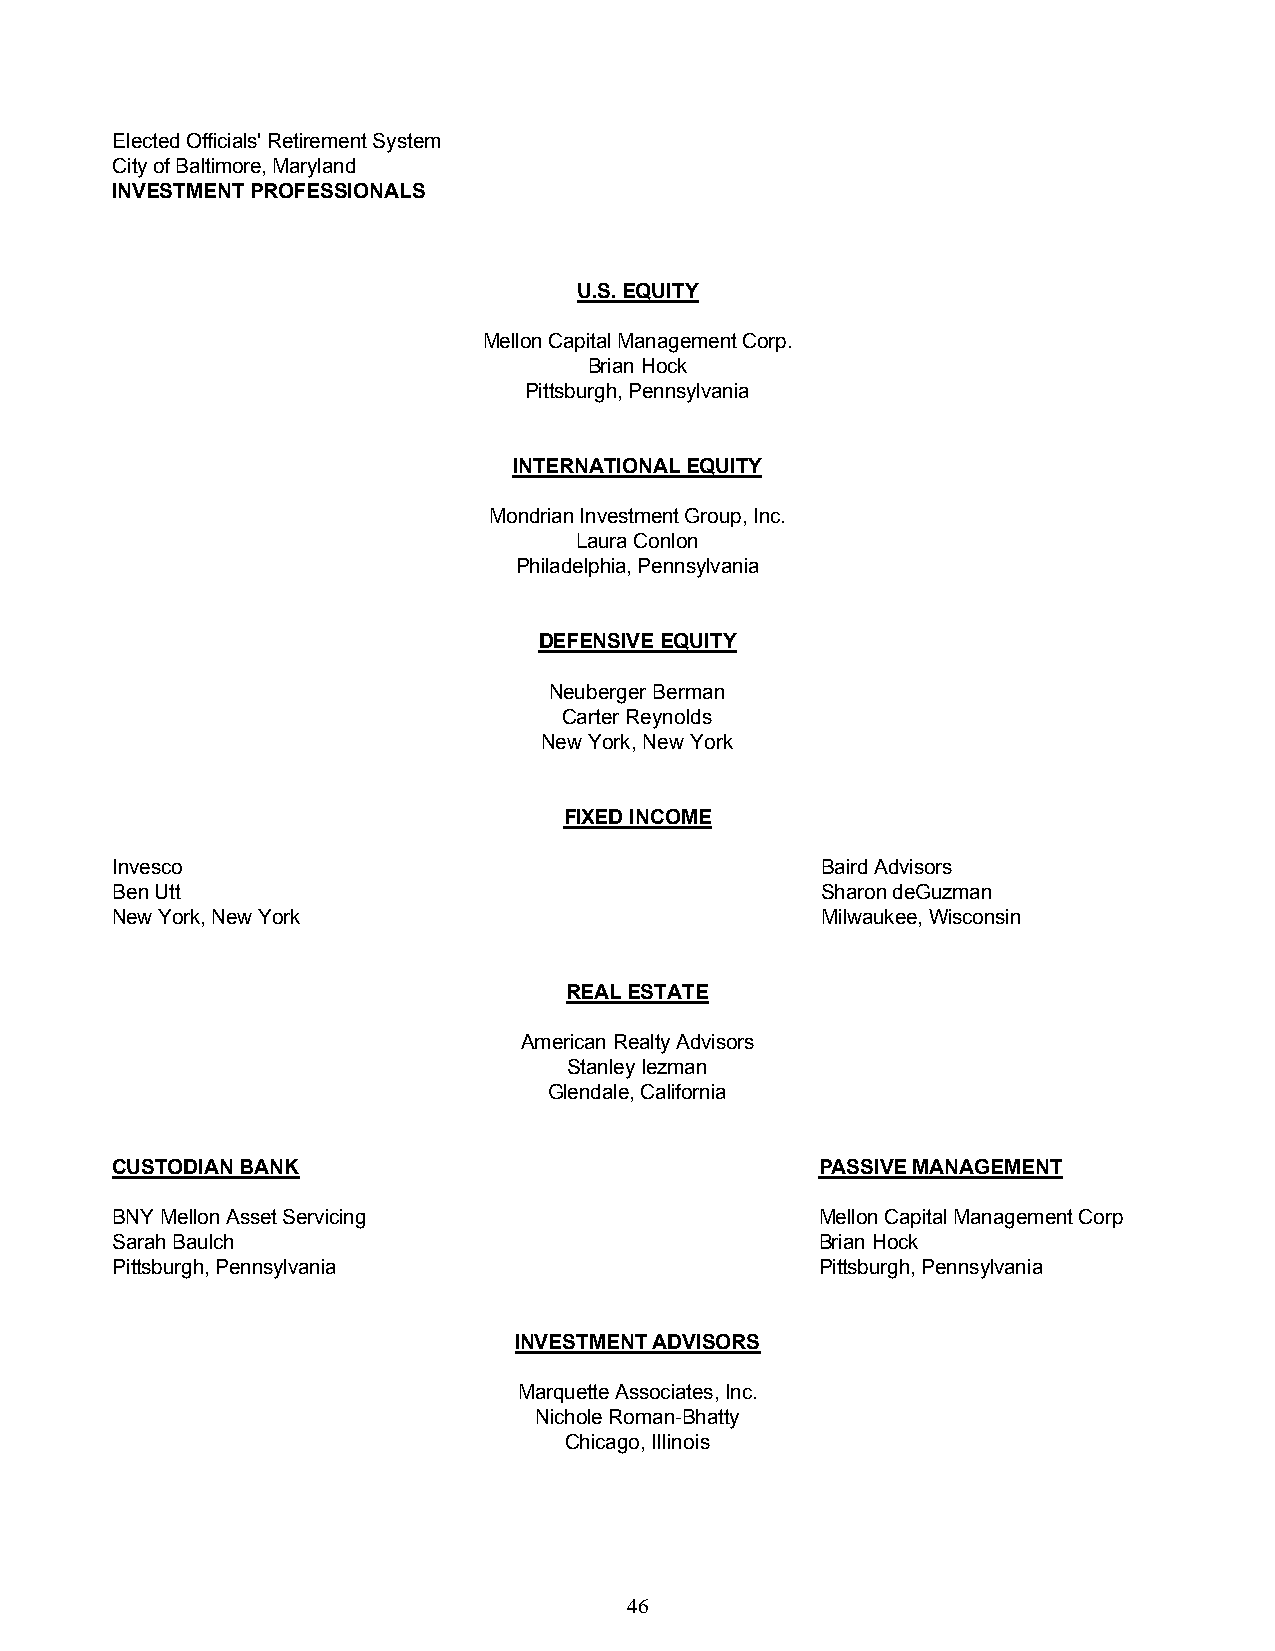
Elected Officials' Retirement System
 City of Baltimore, Maryland
 INVESTMENT PROFESSIONALS
 U.S. EQUITY
 Mellon Capital Management Corp.
 Brian Hock
 Pittsburgh, Pennsylvania
 INTERNATIONAL EQUITY
 Mondrian Investment Group, Inc.
 Laura Conlon
 Philadelphia, Pennsylvania
 DEFENSIVE EQUITY
 Neuberger Berman
 Carter Reynolds
 New York, New York
 FIXED INCOME
 Invesco                                        Baird Advisors
 Ben Utt                                        Sharon deGuzman
 New York, New York                             Milwaukee, Wisconsin
 REAL ESTATE
 American Realty Advisors
 Stanley Iezman
 Glendale, California
 CUSTODIAN BANK                                 PASSIVE MANAGEMENT
 BNY Mellon Asset Servicing                     Mellon Capital Management Corp
 Sarah Baulch                                   Brian Hock
 Pittsburgh, Pennsylvania                       Pittsburgh, Pennsylvania
 INVESTMENT ADVISORS
 Marquette Associates, Inc.
 Nichole Roman-Bhatty
 Chicago, Illinois
 46